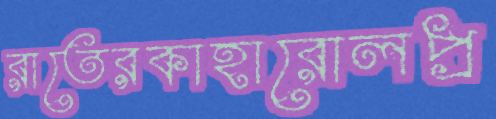
রাতেরকাহারোলপ্র